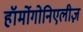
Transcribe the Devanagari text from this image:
हॉर्मोगोनिएलीज़